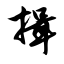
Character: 揖